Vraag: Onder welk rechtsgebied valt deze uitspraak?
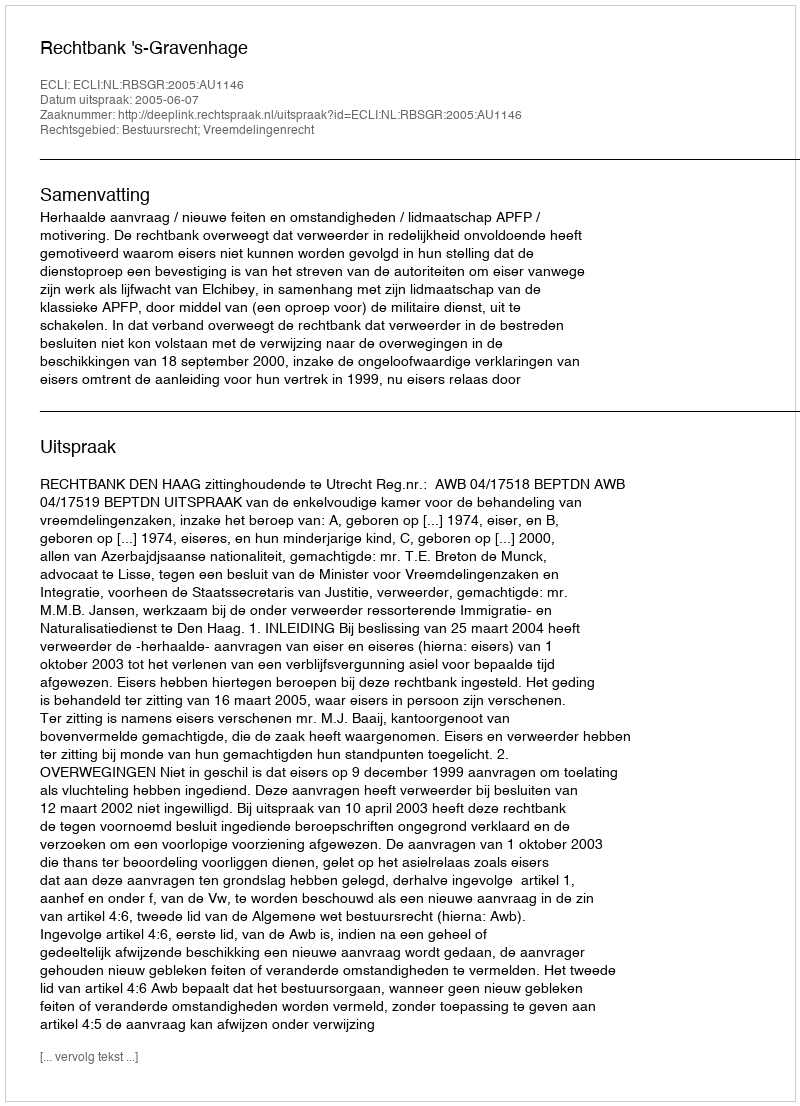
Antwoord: Bestuursrecht; Vreemdelingenrecht